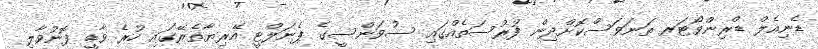
ޑެނިއެލް ޑްރިންވޯޓަރ ތަނަވަސްކޮށްދިން ފުރުސަތެއްގައި ސުވަންސީގެ ޕެނަލްޓީ އޭރިޔާތެރޭގައި ހުރެ ވާޑީ ފޮނުވާލި